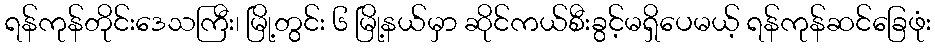
ရန်ကုန်တိုင်းဒေသကြီး၊ မြို့တွင်း ၆ မြို့နယ်မှာ ဆိုင်ကယ်စီးခွင့်မရှိပေမယ့် ရန်ကုန်ဆင်ခြေဖုံး